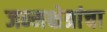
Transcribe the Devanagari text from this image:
जन्मक्षेत्रांचा